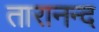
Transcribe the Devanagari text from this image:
तारानन्द